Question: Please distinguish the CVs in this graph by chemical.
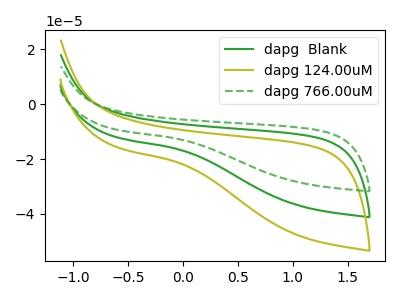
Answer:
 <answer>The green curve is labeled "dapg  Blank". The olive curve is labeled "dapg 124.00uM". The green dashed curve is labeled "dapg 766.00uM".</answer>
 <eval></eval>